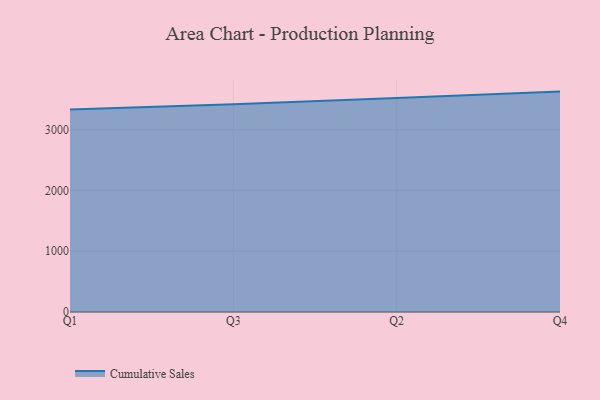
{"axis": {"x": "Quarter", "y": "Shipments"}, "legend": ["Cumulative Sales"], "data": [{"x": "Q1", "y": 3329.4, "type": "Cumulative Sales"}, {"x": "Q3", "y": 3417.3, "type": "Cumulative Sales"}, {"x": "Q2", "y": 3522.0, "type": "Cumulative Sales"}, {"x": "Q4", "y": 3625.9, "type": "Cumulative Sales"}]}